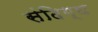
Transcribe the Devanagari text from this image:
संदिग्घ